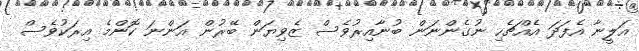
އަލީނާ އެފަދަ އެއްޗެހި ނުގެންނަން ބުނާއިރުވެސް ޒެވިޔަން ބޭރުން އަންނަ ކޮންމެ އިރަކުވެސް